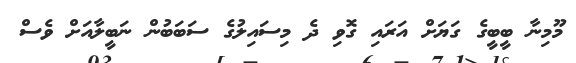
މޫމިނާ ބީބީގެ ގަޔަށް އަރައި ގޮވި ދެ މިސައިލުގެ ސަބަބުން ނަބީލާއަށް ވެސް